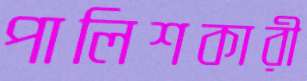
পালিশকারী